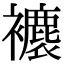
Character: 𧞱